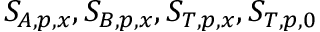
S _ { A , p , x } , S _ { B , p , x } , S _ { T , p , x } , S _ { T , p , 0 }